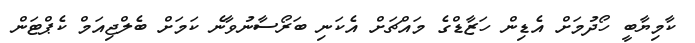
ކާމިޔާބީ ހޯދުމަށް އެޑިން ހަޒާޑްގެ މައްޗަށް އެކަނި ބަރޯސާނުވާނެ ކަމަށް ބެލްޖިއަމް ކެޕްޓަން